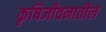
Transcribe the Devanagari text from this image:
कृषिजीवनातील